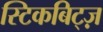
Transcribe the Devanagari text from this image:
स्टिकबिट्ज़